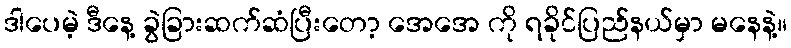
ဒါပေမဲ့ ဒီနေ့ ခွဲခြားဆက်ဆံပြီးတော့ အေအေ ကို ရခိုင်ပြည်နယ်မှာ မနေနဲ့။